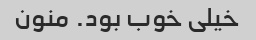
خیلی خوب بود. منون